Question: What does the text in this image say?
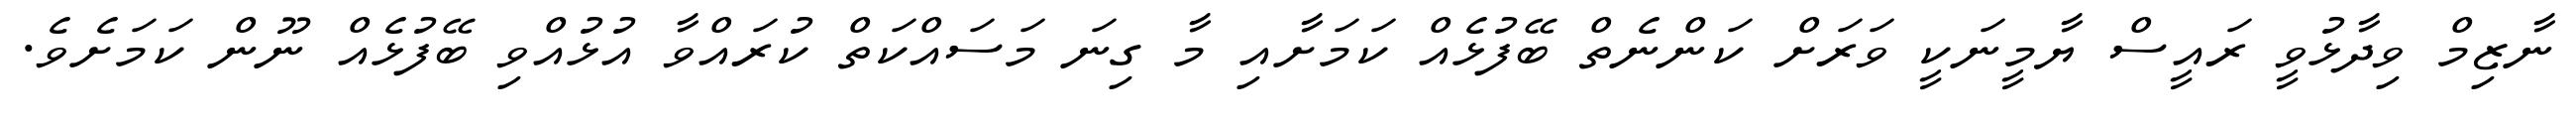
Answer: ނާޒިމް ވިދާޅުވީ ރައީސް ޔާމީނަކީ ވަރަށް ކަންނެތް ބޭފުޅެއް ކަމަށާއި މާ ގިނަ މަސައްކަތް ކުރައްވާ އުޅުއްވި ބޭފުޅެއް ނޫން ކަމަށެވެ.